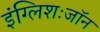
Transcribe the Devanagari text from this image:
इंग्लिशःजॉन